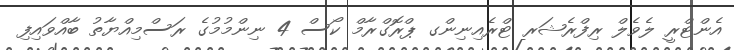
އެންޓްރީ ލެވެލް ރިފްރެޝަރ ޓްރެއިނިންގ ޕްރޮގްރާމް ކޯސް 4 ނިންމުމުގެ ރަސްމިއްޔާތު ބާއްވައިފި